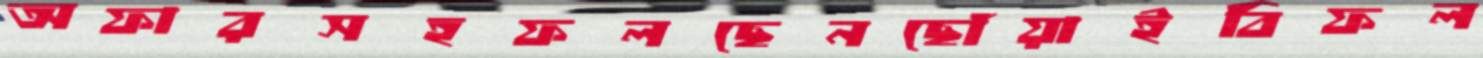
অফারসহফলছেনছোঁয়াইবিফল